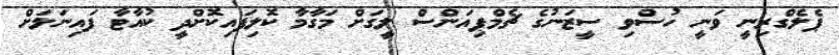
ޕެލެގްރިނީ ވަނީ ހުސްވި ސީޒަނުގެ ޗެމްޕިއަންސް ލީގަށް މަގާމާ ކޮލިފައިކޮށްދީ ކުއާޓާ ފައިނަލަށް